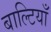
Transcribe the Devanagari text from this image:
बाल्टियाँ